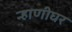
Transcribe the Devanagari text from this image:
न्हाणीघर